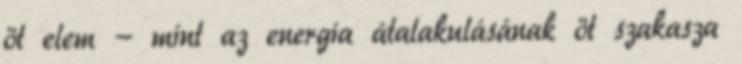
öt elem - mint az energia átalakulásának öt szakasza